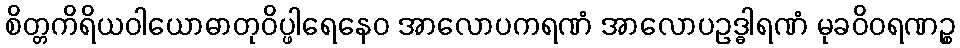
စိတ္တကိရိယဝါယောဓာတုဝိပ္ဖါရေနေဝ အာလောပကရဏံ အာလောပဥဒ္ဓါရဏံ မုခဝိဝရဏဉ္စ